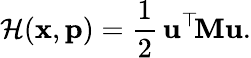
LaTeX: \mathcal{H}(\mathbf{x},\mathbf{p})=\frac 12\, \mathbf{u}^{\top}\! \mathbf{M}\mathbf{u}.